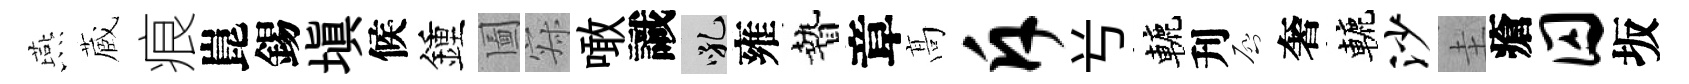
燕蔵痕崑錫塡候鍾圗寂噉識吼雍贄章髙斥𠔃轆刋啓奢轆沙圭瘡囚坂